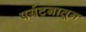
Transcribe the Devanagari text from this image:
पर्यटनातून